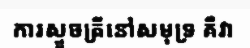
ការស្ទួចត្រីនៅសមុទ្រ គឺវា